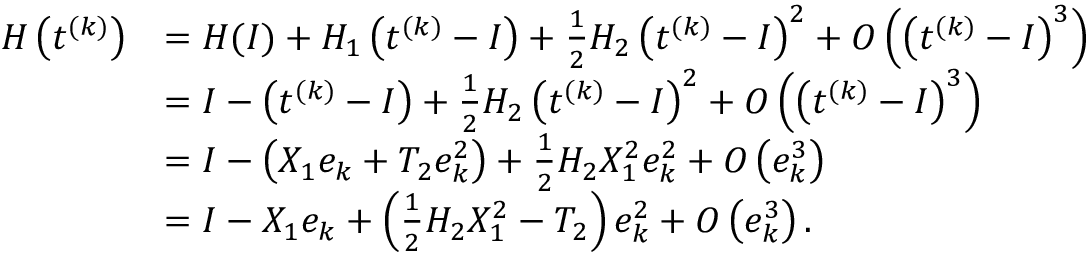
\begin{array} { r l } { H \left( t ^ { ( k ) } \right) } & { = H ( I ) + H _ { 1 } \left( t ^ { ( k ) } - I \right) + \frac { 1 } { 2 } H _ { 2 } \left( t ^ { ( k ) } - I \right) ^ { 2 } + O \left( \left( t ^ { ( k ) } - I \right) ^ { 3 } \right) } \\ & { = I - \left( t ^ { ( k ) } - I \right) + \frac { 1 } { 2 } H _ { 2 } \left( t ^ { ( k ) } - I \right) ^ { 2 } + O \left( \left( t ^ { ( k ) } - I \right) ^ { 3 } \right) } \\ & { = I - \left( X _ { 1 } e _ { k } + T _ { 2 } e _ { k } ^ { 2 } \right) + \frac { 1 } { 2 } H _ { 2 } X _ { 1 } ^ { 2 } e _ { k } ^ { 2 } + O \left( e _ { k } ^ { 3 } \right) } \\ & { = I - X _ { 1 } e _ { k } + \left( \frac { 1 } { 2 } H _ { 2 } X _ { 1 } ^ { 2 } - T _ { 2 } \right) e _ { k } ^ { 2 } + O \left( e _ { k } ^ { 3 } \right) . } \end{array}